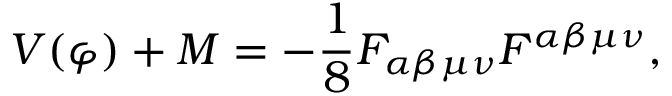
V ( \varphi ) + M = - \frac { 1 } { 8 } F _ { \alpha \beta \mu \nu } F ^ { \alpha \beta \mu \nu } ,